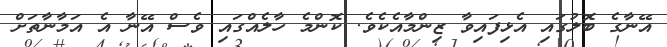
އޭނާގެ ބޮލުގައި އެޅިފައިވާ ޒިންމާއެކެވެ. ކޮންމެ ހާލެއްގައި ވެސް އޭނާ އެ އަމާނާތަށް